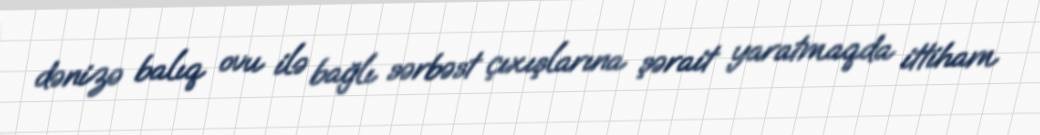
dənizə balıq ovu ilə bağlı sərbəst çıxışlarına şərait yaratmaqda ittiham